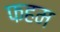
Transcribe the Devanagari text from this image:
फहम